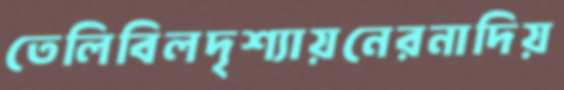
তেলিবিলদৃশ্যায়নেরনাদিয়